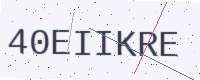
Text: 40EIIKRE